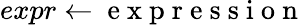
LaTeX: expr\gets\mathrm{~e~x~p~r~e~s~s~i~o~n~}